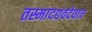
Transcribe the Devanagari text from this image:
तस्मादद्यवदेवात्र